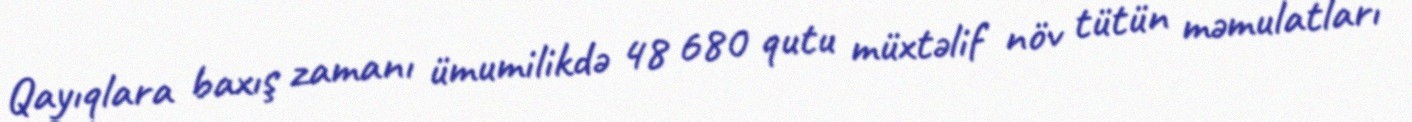
Qayıqlara baxış zamanı ümumilikdə 48 680 qutu müxtəlif növ tütün məmulatları